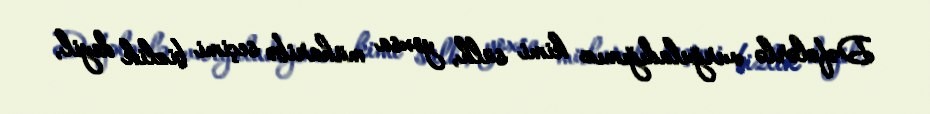
Dəfələrlə vurğuladığımız kimi sülh, yoxsa müharibə seçimi bizlik deyil,